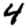
Digit: 4